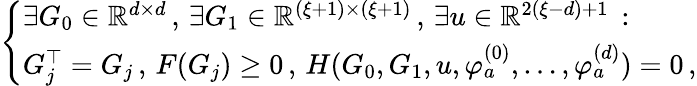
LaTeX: \left\{ \begin{array}{ll}{\exists G_{0}\in{\mathbb R}^{d\times d}\, ,\, \exists G_{1}\in{\mathbb R}^{(\xi+1)\times(\xi+1)}\, ,\, \exists u\in{\mathbb R}^{2(\xi-d)+1}\, :}\\ {G_{j}^{\top}=G_{j}\, ,\, F(G_{j})\ge 0\, ,\, H(G_{0},G_{1},u,\varphi_{a}^{(0)},\dots,\varphi_{a}^{(d)})=0\, ,}\end{array}\right.